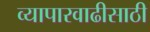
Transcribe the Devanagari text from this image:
व्यापारवाढीसाठी